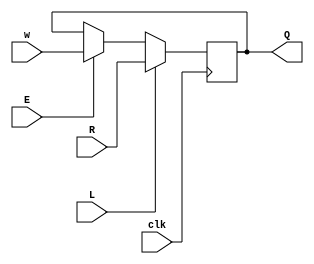
module top_module (
    input clk,
    input w, R, E, L,
    output Q
);
    wire mid0,d;
    assign mid0 = E?w:Q;
    assign d = L?R:mid0;
    always@(posedge clk)
        Q <= d;
endmodule